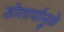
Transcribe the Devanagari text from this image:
डोलार्यामुळे